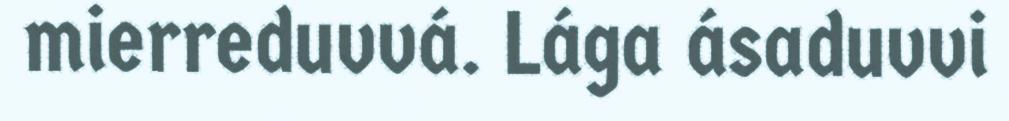
mierreduvvá. Lága ásaduvvi